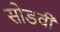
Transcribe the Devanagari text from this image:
सोडवी